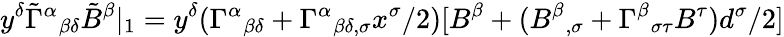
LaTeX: y^{\delta}\tilde{\Gamma}^{\alpha}{}_{\beta\delta}\tilde{B}^{\beta}|_{1}=y^{\delta}(\Gamma^{\alpha}{}_{\beta\delta}+\Gamma^{\alpha}{}_{\beta\delta,\sigma}x^{\sigma}/2)[B^{\beta}+(B^{\beta}{}_{,\sigma}+\Gamma^{\beta}{}_{\sigma\tau}B^{\tau})d^{\sigma}/2]